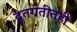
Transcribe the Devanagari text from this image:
द्रुतगतीतही